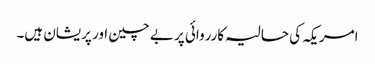
امریکہ کی حالیہ کارروائی پر بے چین اور پریشان ہیں۔